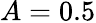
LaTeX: A=0.5